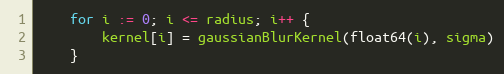
Language: Go
	for i := 0; i <= radius; i++ {
		kernel[i] = gaussianBlurKernel(float64(i), sigma)
	}